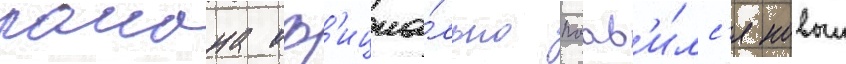
раиона оф'ициа́льно поав'и́лс'я новыи